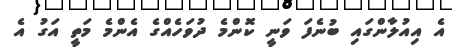
އެ އިއުލާންގައި ބުނެފަ ވަނީ ކޮންމެ ދުވަހެއްގެ އެންމެ މަތީ އަގު އެ